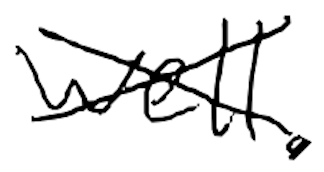
Text: well.
Cross-out: cross
Writing tool: digital_black